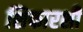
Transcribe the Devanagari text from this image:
शिफारशीं